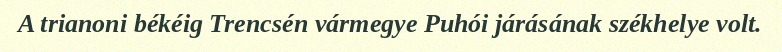
A trianoni békéig Trencsén vármegye Puhói járásának székhelye volt.